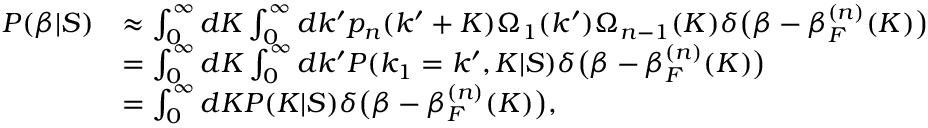
\begin{array} { r l } { P ( \beta | S ) } & { \approx \int _ { 0 } ^ { \infty } d K \int _ { 0 } ^ { \infty } d k ^ { \prime } p _ { n } ( k ^ { \prime } + K ) \Omega _ { 1 } ( k ^ { \prime } ) \Omega _ { n - 1 } ( K ) \delta \big ( \beta - \beta _ { F } ^ { ( n ) } ( K ) \big ) } \\ & { = \int _ { 0 } ^ { \infty } d K \int _ { 0 } ^ { \infty } d k ^ { \prime } P ( k _ { 1 } = k ^ { \prime } , K | S ) \delta \big ( \beta - \beta _ { F } ^ { ( n ) } ( K ) \big ) } \\ & { = \int _ { 0 } ^ { \infty } d K P ( K | S ) \delta \big ( \beta - \beta _ { F } ^ { ( n ) } ( K ) \big ) , } \end{array}